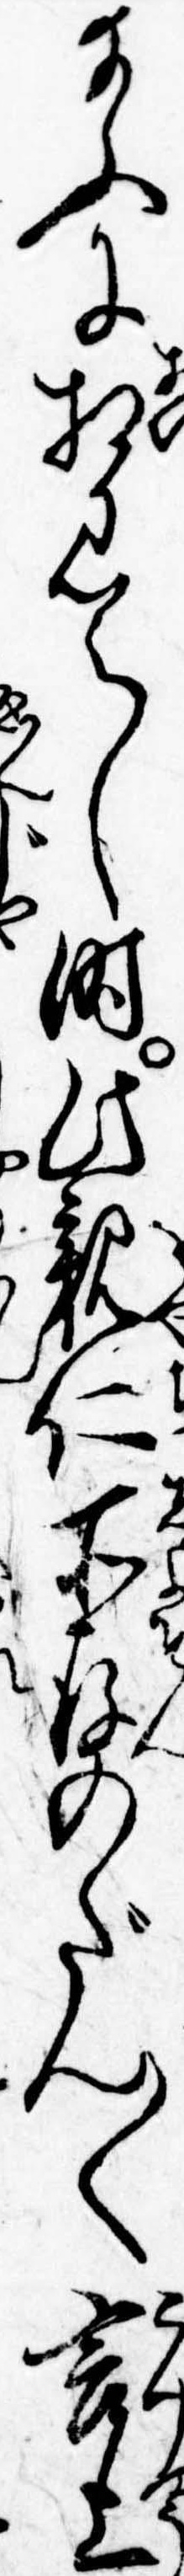
給ふに相見えし時此親仁所存のだん〱言上